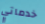
خدماتي